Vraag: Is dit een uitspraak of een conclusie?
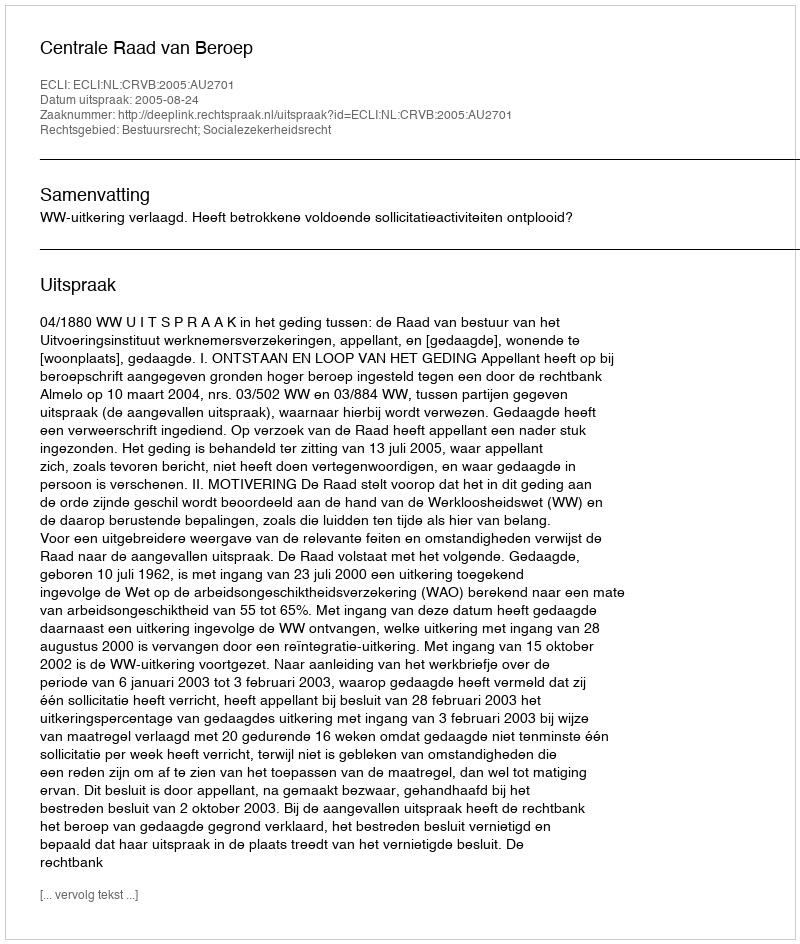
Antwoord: Uitspraak